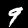
Digit: 9